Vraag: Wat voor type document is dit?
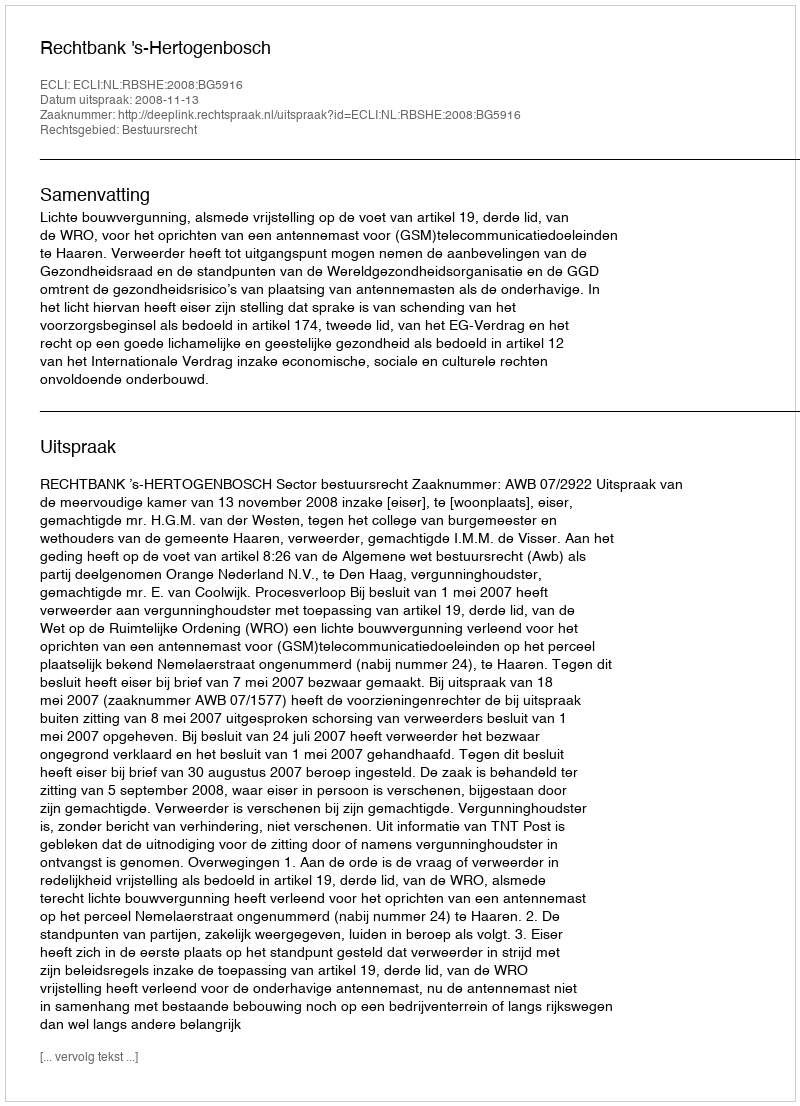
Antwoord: Uitspraak